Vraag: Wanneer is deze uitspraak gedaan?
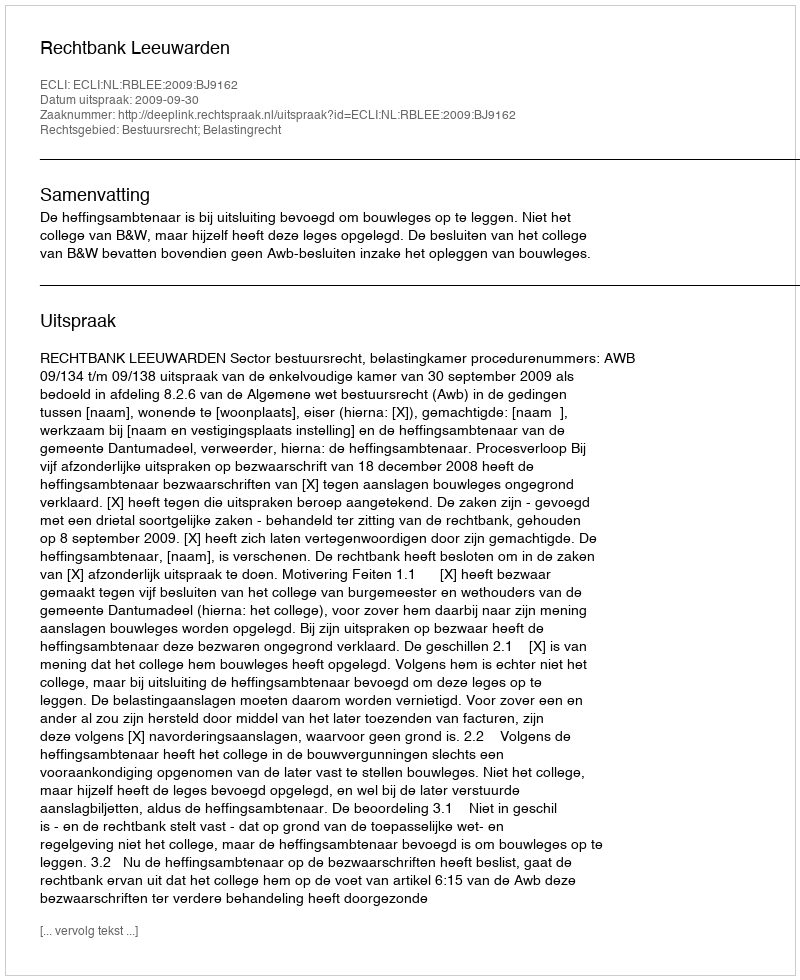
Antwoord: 2009-09-30